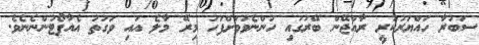
ސަބުރާ ހައްޔަރުކުރީ ރާއްޖޭން ބޭރުގައި ހުންނެވުމަށްފަހު މިރޭ މާލެ އައި ވަގުތު އެއާޕޯޓުންނެނެވެ.